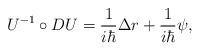
\begin{align*}U^{-1}\circ DU=\frac 1{i\hbar }\Delta r+\frac 1{i\hbar }\psi , \end{align*}